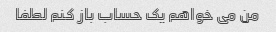
من می خواهم یک حساب باز کنم لطفا